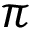
\pi